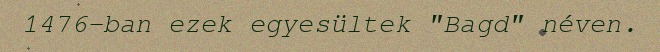
1476-ban ezek egyesültek "Bagd" néven.